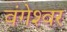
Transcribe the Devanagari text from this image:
वंगेश्‍वर